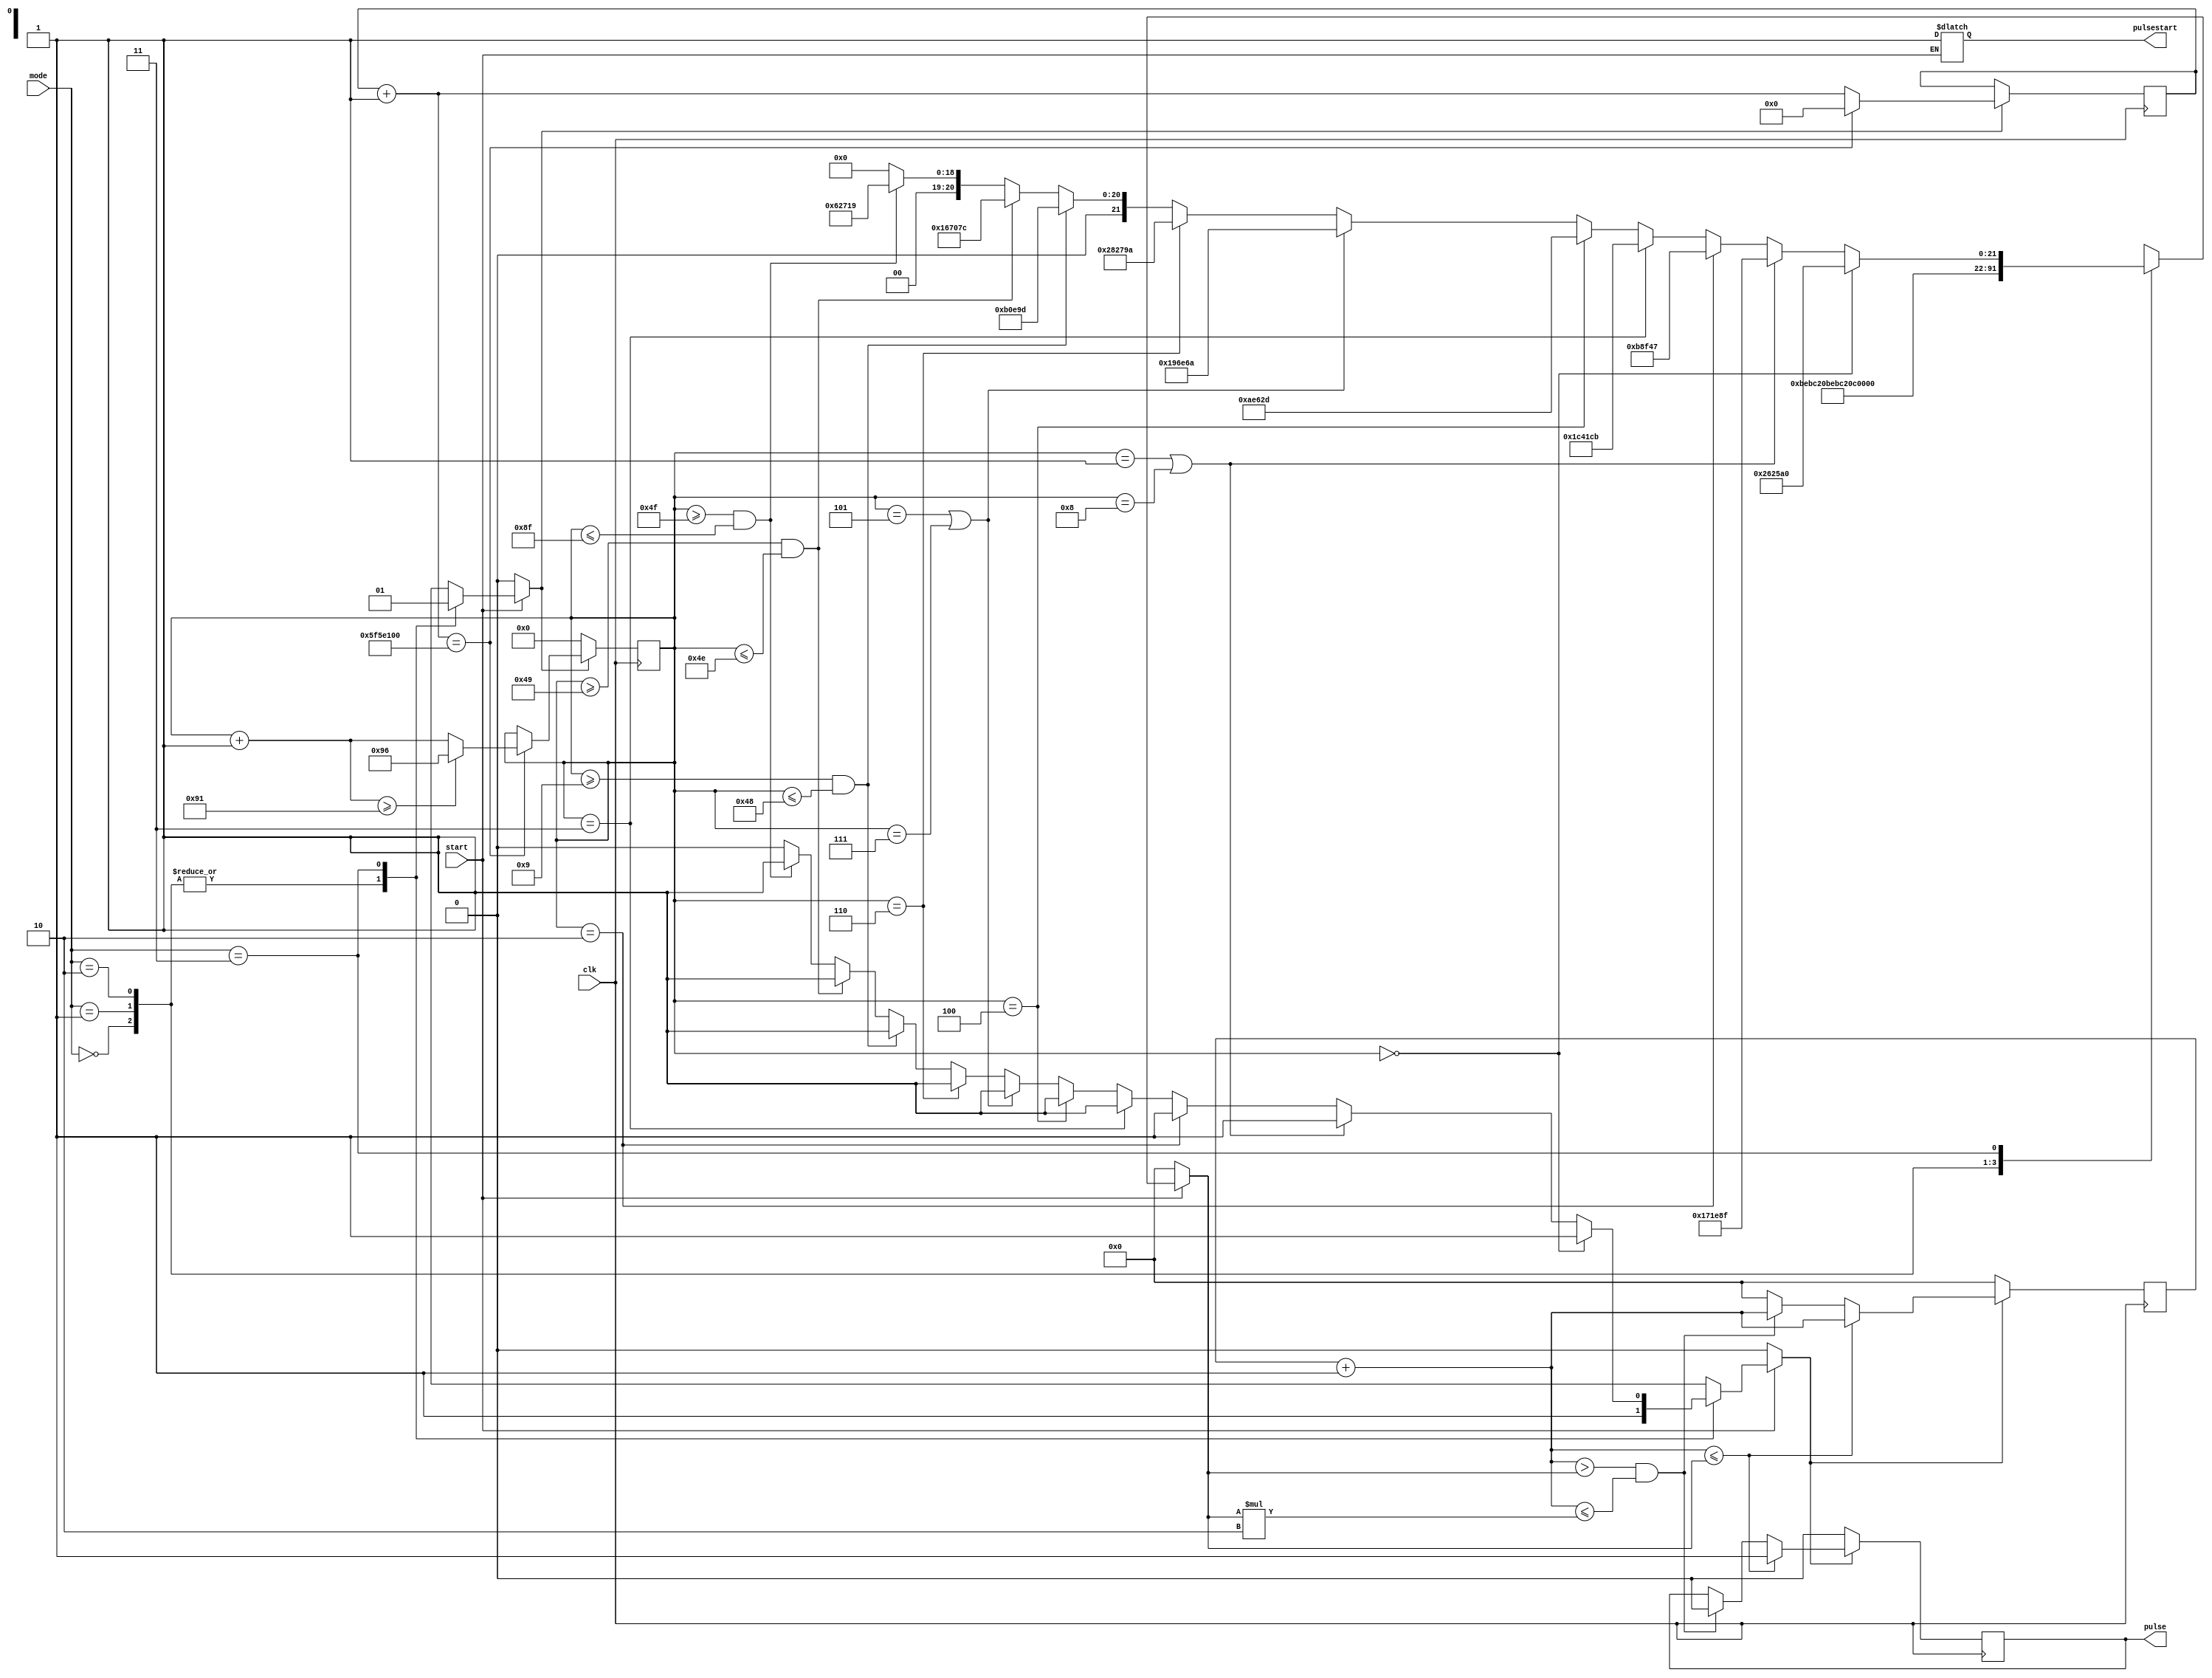
module pulsegen(clk,start,mode,pulse,pulsestart);
input clk,start;
output reg pulsestart;
input [1:0] mode;
output reg pulse;
reg pulsecontrol;
reg [8:0]hybridtimer;       //will hold values up to 511 (wont need them all)
reg [22:0]counter;          //used to count for "pulse clocks"
reg [22:0]pulsevalue;       //loads the value that the counter will count to before pulsing
reg [27:0]secclk;           //used to act as a clock divider to increment seconds
reg hybridlock;             //this will lock the timer for hybrid and will reset the timer (to increment through step numbers)
                            //hybridlock=0: do not use the timer, no hybrid mode     hybrid lock=1:use the hybrid timer


initial begin
secclk<=28'b0000000000000000000000000000;
hybridlock<=0;
hybridtimer<=9'b000000000;  //hybrid timer is used to increment the hybrid mode step count based on the time
pulse<=0;                   //pulse when 1
pulsevalue<=23'b00000000000000000000000;
counter<=23'b00000000000000000000000;
pulsecontrol<=0;            //when pulsecontrol is 0, we will not use the "clock" always block to generate pulses
pulsestart<=0;
end

//Always block will determine the activity mode 00= walk, 01=jog, 10=run, 11=hybrid
//It will use a counter to determine when pulses need to be set
//walk: counter=1,562,500
//jog:  counter=  781,250
//run:  counter=  390,625
//hybrid: various
//This will be used to control the output of pulse and hybrid mode
always@(start,hybridtimer)                               //needs to turn on with hybridtimer because it will use that value during hybrid mode
begin
if(start==1)
    begin
      pulsestart<=1;
      case(mode)
      2'b00: begin
                hybridlock<=0;
                pulsecontrol<=1;
                pulsevalue<=23'b00101111101011110000100; //walk: counter=1,562,500    32 pulses per second
             end
      2'b01: begin
                hybridlock<=0;
                pulsecontrol<=1;
                pulsevalue<=23'b00010111110101111000010; //jog:  counter=  781,250    64 pulses per second
             end
      2'b10: begin
                hybridlock<=0;
                pulsecontrol<=1;
                pulsevalue<=23'b00001011111010111100001; //run:  counter=  390,625    128 pulses per second
             end
      2'b11: begin //I shifted them all up, previously wasnt showing the 0 to 1 second because it starts at time 0
                hybridlock<=1;                                                            //turn on hybridtimer which increments in seconds
                if(hybridtimer==9'b000000000)                                             //20 pulses per second: counter=2,500,000
                    begin
                        pulsecontrol<=1;
                        pulsevalue<=23'b01001100010010110100000;
                    end
                else if((hybridtimer==9'b000000001)||(hybridtimer==9'b000001000))         //33 pulses per second: counter=1,515,151
                    begin
                        pulsecontrol<=1;
                        pulsevalue<=23'b00101110001111010001111;
                    end
                else if(hybridtimer==9'b000000010)                                        //66 pulses per second: counter=757,575
                    begin
                        pulsecontrol<=1;
                        pulsevalue<=23'b00010111000111101000111;
                    end
                else if(hybridtimer==9'b000000011)                                        //27 pulses per second: counter=1,851,851
                    begin
                        pulsecontrol<=1;
                        pulsevalue<=23'b00111000100000111001011;
                    end
                else if(hybridtimer==9'b000000100)                                        //70 pulses per second: counter=714,285
                    begin
                        pulsecontrol<=1;
                        pulsevalue<=23'b00010101110011000101101;
                    end
                else if((hybridtimer==9'b000000101)||(hybridtimer==9'b000000111))         //30 pulses per second: counter=1,666,666
                    begin
                        pulsecontrol<=1;
                        pulsevalue<=23'b00110010110111001101010;
                    end
                else if (hybridtimer==9'b000000110)                                       //19 pulses per second: counter=2,631,578
                    begin
                        pulsecontrol<=1;
                        pulsevalue<=23'b01010000010011110011010;
                    end
                else if((hybridtimer>=9'b000001001)&&(hybridtimer<=9'b001001000))         //69 pulses per second: counter=724,637
                    begin
                        pulsecontrol<=1;
                        pulsevalue<=23'b00010110000111010011101;
                    end
                else if((hybridtimer>=9'b001001001)&&(hybridtimer<=9'b001001110))         //34 pulses per second: counter=1,470,588
                    begin
                        pulsecontrol<=1;
                        pulsevalue<=23'b00101100111000001111100;
                    end
                else if((hybridtimer>=9'b001001111)&&(hybridtimer<=9'b010001111))        //124 pulses per second: counter=403,225
                    begin
                        pulsecontrol<=1;
                        pulsevalue<=23'b00001100010011100011001;
                    end
                else
                    begin
                        hybridlock<=1;
                        pulsecontrol<=0;
                        pulsevalue<=23'b00000000000000000000000;
                    end
             end
       endcase
    end
else
  begin
   hybridlock<=0;
   pulsecontrol<=0;
   pulsevalue=23'b00000000000000000000000;
  end
end

//This will use the clock to generate pulses
//If pulsecontrol==0, we will reset the counter and the pulse
//If pulsecontrol==1, we need to use different pulse values which are updated above
always@(posedge clk)
begin
if(pulsecontrol==0)
    begin
        pulse<=0;
        counter<=23'b00000000000000000000000;
    end
else
    begin
        counter=counter+1;
        if(counter<=pulsevalue)                                    //our pulse will be high until the pulsevalue count then low for the next pulsevalue count, like a clock
        begin
            pulse<=1;
            counter=counter;
        end

        else if((counter>pulsevalue)&&(counter <= (pulsevalue*2))) //will be low for the next pulsevalue count
        begin
            pulse<=0;
            counter=counter;
        end

        else
        begin
            pulse=pulse;
            counter<=23'b00000000000000000000000;                  //we will reset counter if it is out of bounds or one pulse "clock" cycle
        end
    end

//This will use a 1hz signal to increment a "hybridtimer" counter for hybrid mode
//It will turn on when hybridlock is 1, and will run until hybridlock is cleared
//cycles the clk 100,000,000 times to pulse a second
if(hybridlock==0)
    begin
        hybridtimer<=0;                                        //needs to be a range of values not binary
    end
else
    begin
        secclk=secclk+1;
        if(secclk==28'b0101111101011110000100000000)            //when secclk= 100,000,000 one second will have passed
            begin                                               //so we increment hybrid timer, reset secclk, and check to see if we should pulse
               secclk=28'b0000000000000000000000000000;         //in hybrid so that we wont pulse past 145 seconds
               hybridtimer=hybridtimer+1;
               if(hybridtimer>=145)
                   begin
                       hybridtimer<=150;                        //this will lock the hybrid timer, reset it using the last else in the last case statement
                   end                                          //which will cause it to clear hybridtimer, hybridlock, and pulsecontrol
            end
    end
end

endmodule